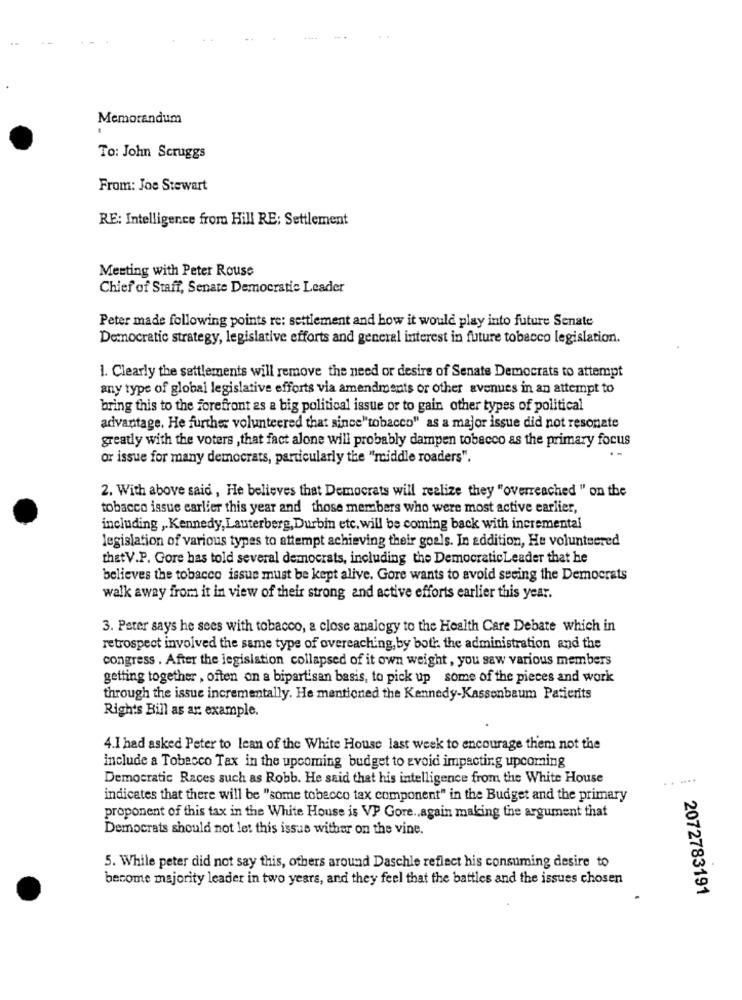
..
Memorandum
To: John Scruggs
From: Joe Stewart
RE: Intelligence from Hill RE: Settlement
Meeting with Peter Rouse
Chief of Staff, Senate Democratie Leader
Peter made following points re: settlement and how it would play into future Senate
Democratic strategy, legislative efforts and general interest in future tobacco legislation.
1. Clearly the settlements will remove the need or desire of Senate Democrats to attempt
any type of global legislative efforts via amendments or other avenues in an attempt to
bring this to the forefront as a big political issue or to gain other types of political
advantage. He further volunteered that since"tobacco" as a major issue did not resonate
greatly with the voters , that fact alone will probably dampen tobacco as the primary focus
or issue for many democrats, particularly the "middle roaders".
2. With above said , He believes that Democrats will realize they "overreached " on the
tobacco issue earlier this year and those members who were most active earlier,
including ,. Kennedy, Lauterberg, Durbin etc. will be coming back with incremental
legislation of various types to attempt achieving their goals. In addition, He volunteered
thatV.P. Gore has told several democrats, including the DemocraticLeader that he
believes the tobacco issue must be kept alive. Gore wants to avoid seeing the Democrats
walk away from it in view of their strong and active efforts earlier this year.
3. Peter says he sees with tobacco, a close analogy to the Health Care Debate which in
retrospect involved the same type of overeaching, by both the administration and the
congress . After the legislation collapsed of it own weight, you saw various members
getting together , often on a bipartisan basis, to pick up some of the pieces and work
through the issue incrementally. He mentioned the Kennedy-Kassenbaum Patierits
Rights Bill as ar: example.
4.1 had asked Peter to lean of the White House last week to encourage them not the
include a Tobacco Tax in the upcoming budget to avoid impacting upcoming
Democratic Races such as Robb. He said that his intelligence from the White House
indicates that there will be "some tobacco tax component" in the Budget and the primary
proponent of this tax in the White House is VP Gore. again making the argument that
Democrats should not let this issue wither on the vine.
5. While peter did not say this, others around Daschle reflect his consuming desire to
become majority leader in two years, and they feel that the battles and the issues chosen
2072783191